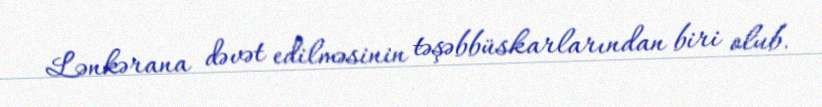
Lənkərana dəvət edilməsinin təşəbbüskarlarından biri olub.